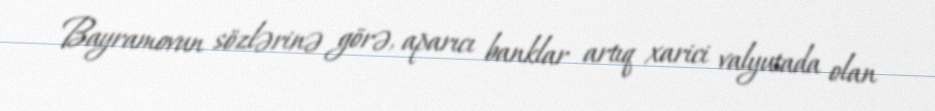
Bayramovun sözlərinə görə, aparıcı banklar artıq xarici valyutada olan